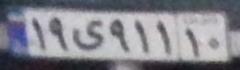
۱۹ی۹۱۱۱۰